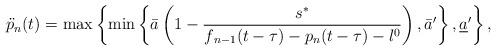
LaTeX: \begin{align*}\ddot{p}_{n}(t)=\max\left\{ \min\left\{ \bar{a}\left(1-\frac{s^{*}}{f{}_{n-1}(t-\tau)-p_{n}(t-\tau)-l^{0}}\right),\bar{a}'\right\} ,\underline{a}'\right\} ,\end{align*}